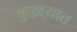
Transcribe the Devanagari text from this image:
कुख़्यात